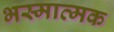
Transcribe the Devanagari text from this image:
भस्मात्मक